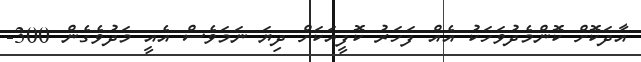
އާދަކޮށް ކޮންމެދުވަހަކު އެއް ފަހަރު ކޮފީއަކަށް ދިޔަ ނަމަވެސް އެއީ މަދުވެގެން 300-